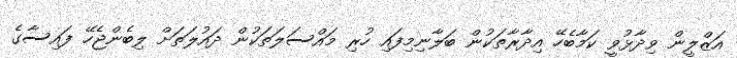
އަޒްލީން ވިދާޅުވީ ކަމާބެހޭ އިދާރާތަކުން ބަލާނިމިފައި ހުރި މައްސަލަތަކުން ދައުލަތަށް ލިބެންޖެހޭ ފައިސާގެ